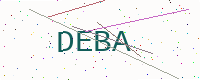
Text: DEBA